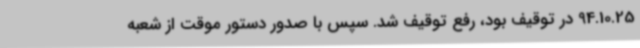
94.10.25 در توقیف بود، رفع توقیف شد. سپس با صدور دستور موقت از شعبه